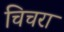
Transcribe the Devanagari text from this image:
चिचरा